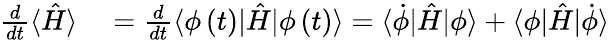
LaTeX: \begin{array}{rl}{\frac{d}{dt}\langle\hat{H}\rangle}&{{}=\frac{d}{dt}\langle\phi\left(t\right)|\hat{H}|\phi\left(t\right)\rangle=\langle\dot{\phi}|\hat{H}|\phi\rangle+\langle\phi|\hat{H}|\dot{\phi}\rangle}\end{array}